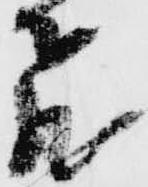
飛